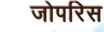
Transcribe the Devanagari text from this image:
जोपरिस